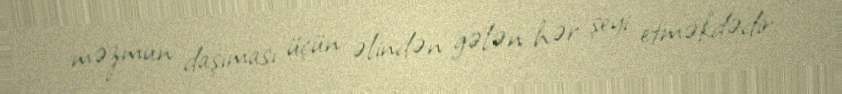
məzmun daşıması üçün əlindən gələn hər şeyi etməkdədir.